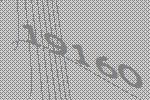
19160